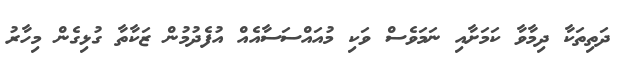
ދަތިތަކާ ދިމާވާ ކަމަށާއި ނަމަވެސް ވަކި މުއައްސަސާއެއް އުފެދުމުން ޒަކާތާ ގުޅިގެން މިހާރު